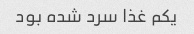
یکم غذا سرد شده بود